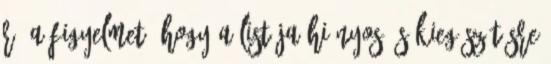
rá a figyelmet, hogy a listája hiányos és kiegészítésre